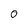
Character: 0